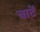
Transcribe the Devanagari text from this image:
चाटें